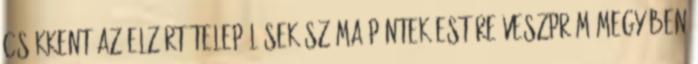
csökkent az elzárt települések száma péntek estére Veszprém megyében